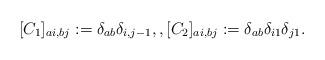
LaTeX: \begin{align*}[C_1]_{ai,bj} := \delta_{ab}\delta_{i,j-1}, ,[C_2]_{ai,bj} := \delta_{ab}\delta_{i1}\delta_{j1}. \end{align*}